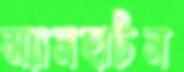
ম্যানহাটন